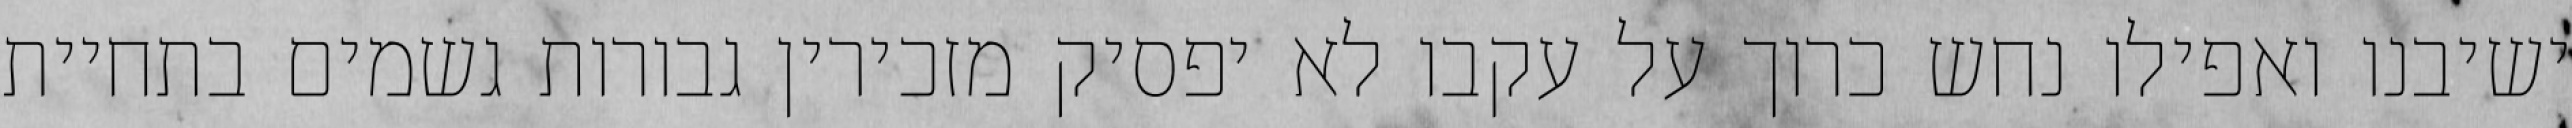
ישיבנו ואפילו נחש כרוך על עקבו לא יפסיק מזכירין גבורות גשמים בתחיית